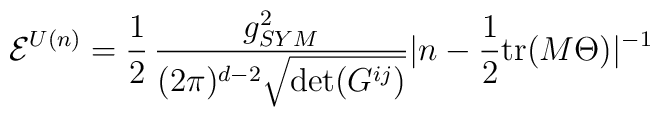
{\cal E}^{U(n)} =\frac{1}{2}\,\frac{g^{2}_{SYM}}{(2\pi)^{d-2} \sqrt{\det(G^{ij})}}|n - \frac{1}{2} {\rm tr}(M \Theta)|^{-1}\,